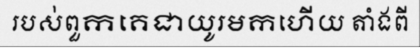
របស់ពួកគេជាយូរមកហើយ តាំងពី